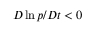
D \ln p / D t < 0